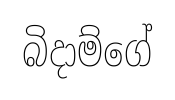
බිදාම්ගේ